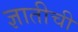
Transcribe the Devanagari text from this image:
ज्ञातीची